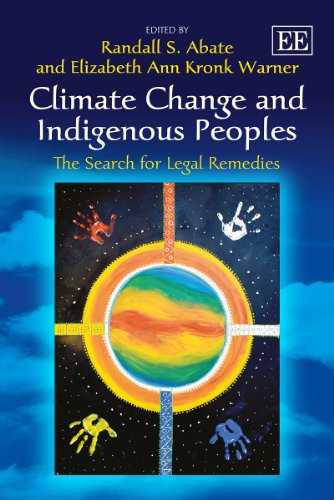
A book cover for Climate Change and Indigenous Peoples: The Search for Legal Remedies; Randall S. Abate; Law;